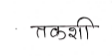
मजकूर: तकशी